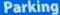
Parking